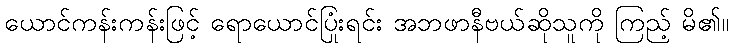
ယောင်ကန်းကန်းဖြင့် ရောယောင်ပြုံးရင်း အဘဖာနီဗယ်ဆိုသူကို ကြည့် မိ၏။